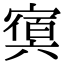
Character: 𡪴